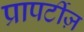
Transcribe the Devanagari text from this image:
प्रापर्टीज़